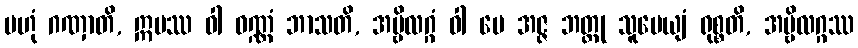
ဗဟုံ ဂဏှာတိ, ဣမဿ ဝါ ဝဏ္ဏံ ဘာသတိ, အမ္ဗိလဂ္ဂံ ဝါ မေ အဇ္ဇ ဘတ္တု သူပေယျံ ရုစ္စတိ, အမ္ဗိလဂ္ဂဿ